Vaccination in Burma 1912-1922 - 1912-1922
Year: 1912
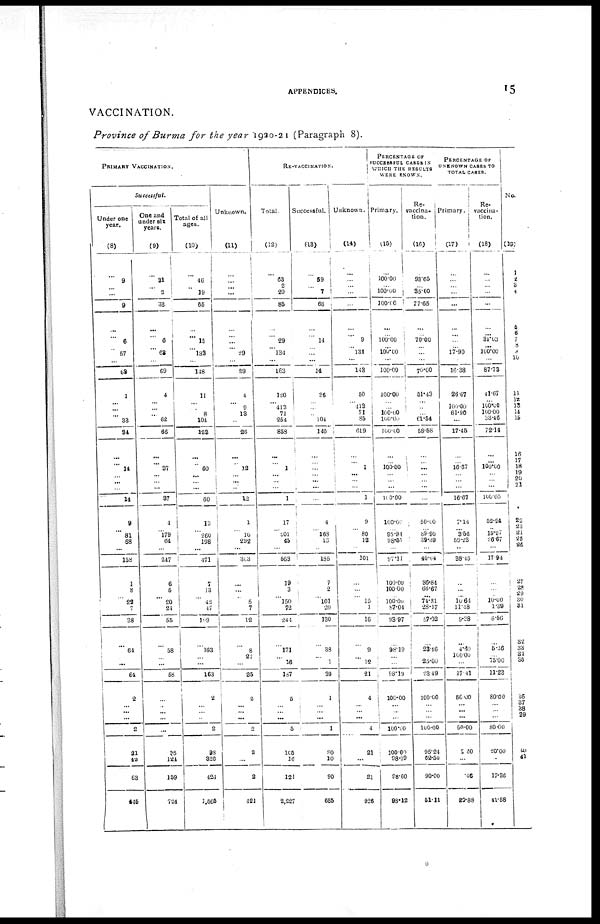
APPENDICES.
15
VACCINATION.
Province of Burma for the year 1920-21 (Paragraph 8).
PRIMARY VACCINATION.
Successful.
Under one
year.
(8)
...
9
... ...
9
...
... 6
...
57
...
62
1
...
...
... 33
34
...
... 11
... ...
...
14
9
... 81
68
...
158
1
8
...
22
7
38
...
64
...
...
64
2
...
...
...
2
21
42
63
445
One and
under six
years.
(9)
...
31
... 2
33
...
... 6
...
62
...
69
4
...
...
...
62
66
...
... 37
...
...
...
37
4
...
179
64
...
247
6
5
... 20
24
55
...
58
...
...
58
...
... ...
...
...
35
124
159
724
Total of all
ages.
(10)
...
46
... 19
65
...
... 15
... 133
...
148
11
...
...
8
104
123
...
...
60
...
... ...
60
13
...
260
198
...
471
7
13
...
42
47
109
...
163
...
...
163
2
...
...
...
2
98
326
424
1,565
Unknown.
(11)
...
...
...
...
...
...
...
... ... 29
...
29
4
... 9
13
...
26
...
...
12
... ...
...
12
1
...
10
292
...
303
...
...
...
5
7
12
...
8
27
...
35
2
...
... ...
2
2
...
2
421
RE-VACCINATION.
Total.
(12)
...
63
2
20
85
...
...
29
... 134
...
163
120
... 413
71
254
858
...
...
1
...
...
...
1
17
...
901
45
...
563
19
3
...
150
72
244
...
171
...
16
187
5
...
... ...
5
105
16
121
2,227
Successful.
(13)
...
59
...
7
66
...
...
14
...
... ...
14
36
...
... ... 104
140
...
...
...
... ...
...
...
4
...
168
13
...
185
7
2
...
101
20
130
...
38
...
1
39
1
...
...
...
1
80
10
90
685
Unknown.
(14)
...
...
...
...
...
...
... 9
... 134
...
143
50
... 113
71
85
619
...
...
1
...
...
...
1
9
...
80
12
...
101
...
...
...
15
1
16
...
9
...
12
21
4
...
... ...
4
21
...
21
926
PERCENTAGE OF
SUCCESSFUL CASES IN
WHICH THE RESULTS
WERE KNOWN.
Primary.
(15)
...
100.00
... 100.00
100.00
...
...
100.00
... 100.00
...
100.00
100.00
...
...
100.00
100.00
100.00
...
... 100.00
...
...
...
100.00
100.00
... 95.94
98.51
...
97.11
100.00
100.00
... 100.00
87.04
93.97
...
98.19
...
...
98.19
100.00
...
...
...
100.00
100.00
98.19
98.60
98.12
Re-
vaccina-
tion.
(16)
...
93.65
... 35.00
77.65
...
... 70.00
... ...
...
70.00
51.43
...
...
... 61.54
58.58
...
... ...
...
...
...
...
50.00
... 39.90
39.39
...
40.04
36.84
66.67
...
74.31
28.17
57.02
...
23.46
... 25.00
23.49
100.00
...
...
...
100.00
95.24
62.50
90.00
51.11
PERCENTAGE OF
UNKNOWN CASES TO
TOTAL CASES.
Primary.
(17)
...
...
...
...
...
...
...
...
... 17.90
...
16.38
26.67
... 100.00
61.90
...
17.45
...
... 16.67
...
...
...
16.67
7.14
... 3.56
59.23
...
38.45
...
...
... 10.64
11.18
9.28
...
4.60
100.00
...
17.41
50.00
...
...
...
50.00
2.40
...
.46
20.88
Re-
vaccina-
tion.
(18)
...
...
...
...
...
...
...
31.03
...
100.00
...
87.73
41.67
... 100.00
100.00
33.46
72.14
...
...
100.00
...
...
...
100.00
52.94
... 15.97
26.67
...
17.94
...
...
... 10.00
1.39
6.56
...
5.26
... 75.00
11.23
80.00
...
...
...
80.00
20.00
...
17.36
41.58
No.
(19)
1
2
3
4
5
6
7
8
9
10
11
12
13
14
15
16
17
18
19
20
21
22
23
24
25
26
27
28
29
30
31
32
33
34
35
36
37
38
39
40
41